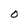
Character: O